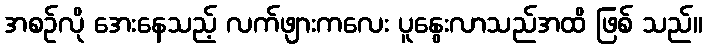
အစဉ်လို အေးနေသည့် လက်ဖျားကလေး ပူနွေးလာသည်အထိ ဖြစ် သည်။